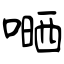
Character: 嗮